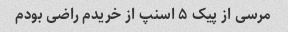
مرسی از پیک ۵ اسنپ از خریدم راضی بودم